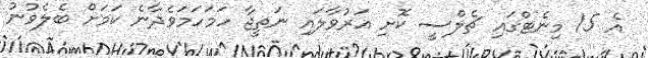
އެ 15 މިނެޓްގައި ޗެލްސީ ކޮށި އަރުވާލައި ނަތީޖާ ހަމަހަމަވެދާނެ ކަމަށް ބެލެވުނު